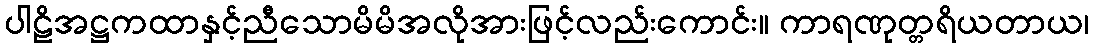
ပါဠိအဋ္ဌကထာနှင့်ညီသောမိမိအလိုအားဖြင့်လည်းကောင်း။ ကာရဏုတ္တရိယတာယ၊